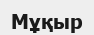
Мұқыр